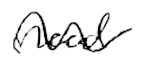
Text: need
Cross-out: wave
Writing tool: digital_black